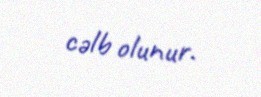
cəlb olunur.